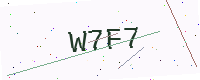
Text: W7F7